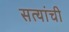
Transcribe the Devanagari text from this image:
सत्यांची